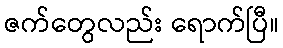
ဇက်တွေလည်း ရောက်ပြီ။